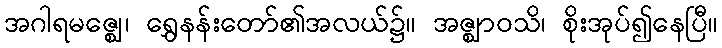
အဂါရမဇ္ဈေ၊ ရွှေနန်းတော်၏အလယ်၌။ အဇ္ဈာဝသိ၊ စိုးအုပ်၍နေပြီ။